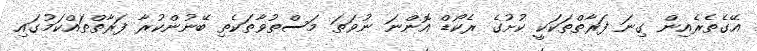
އޭގެތެރެއިން ގިނަ ފަރާތްތަކަކީ ކުށުގެ ރެކޯޑް އޮންނަ ނުވަތަ މަސްތުވާތަކެތި ބޭނުންކުރާ ފަރާތްތައްކަމުގައި